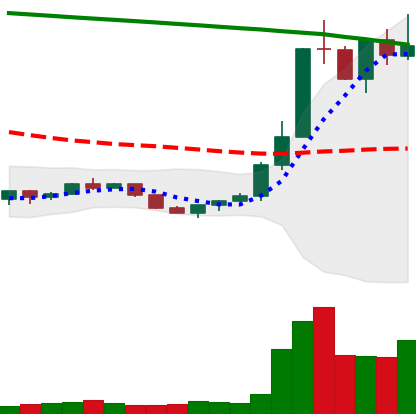
Ticker: ETC-USD
Chart end date: 2022-07-23
Forward return: 59.03%
Label: up_7plus